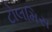
ટોલમિસ